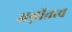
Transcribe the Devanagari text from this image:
अग्नीतत्व